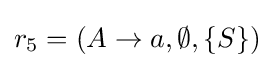
r_{5}=(A\to a,\emptyset ,\{S\})